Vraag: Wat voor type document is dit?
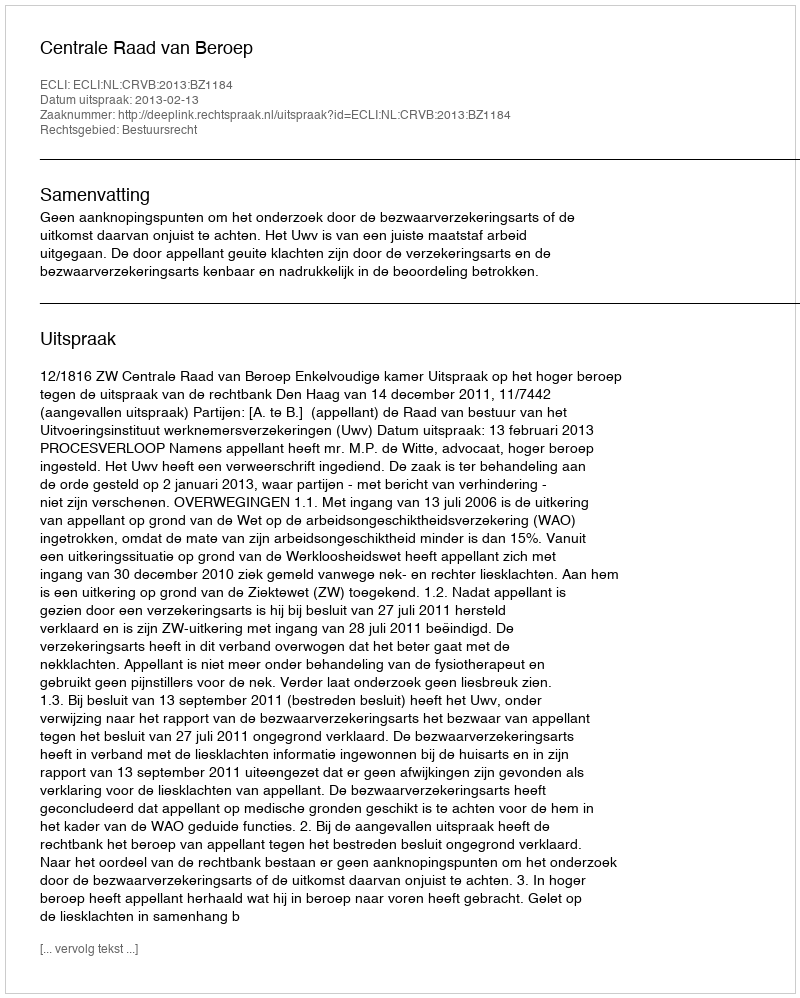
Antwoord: Uitspraak